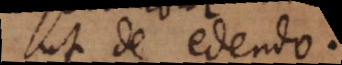
ut de edendo.